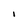
Character: I